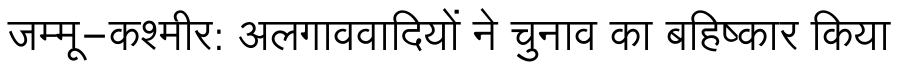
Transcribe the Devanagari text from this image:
जम्मू-कश्मीर: अलगाववादियों ने चुनाव का बहिष्कार किया